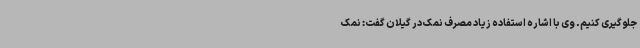
جلوگیری کنیم. وی با اشاره استفاده زیاد مصرف نمک در گیلان گفت: نمک